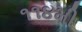
૧૧૪મી